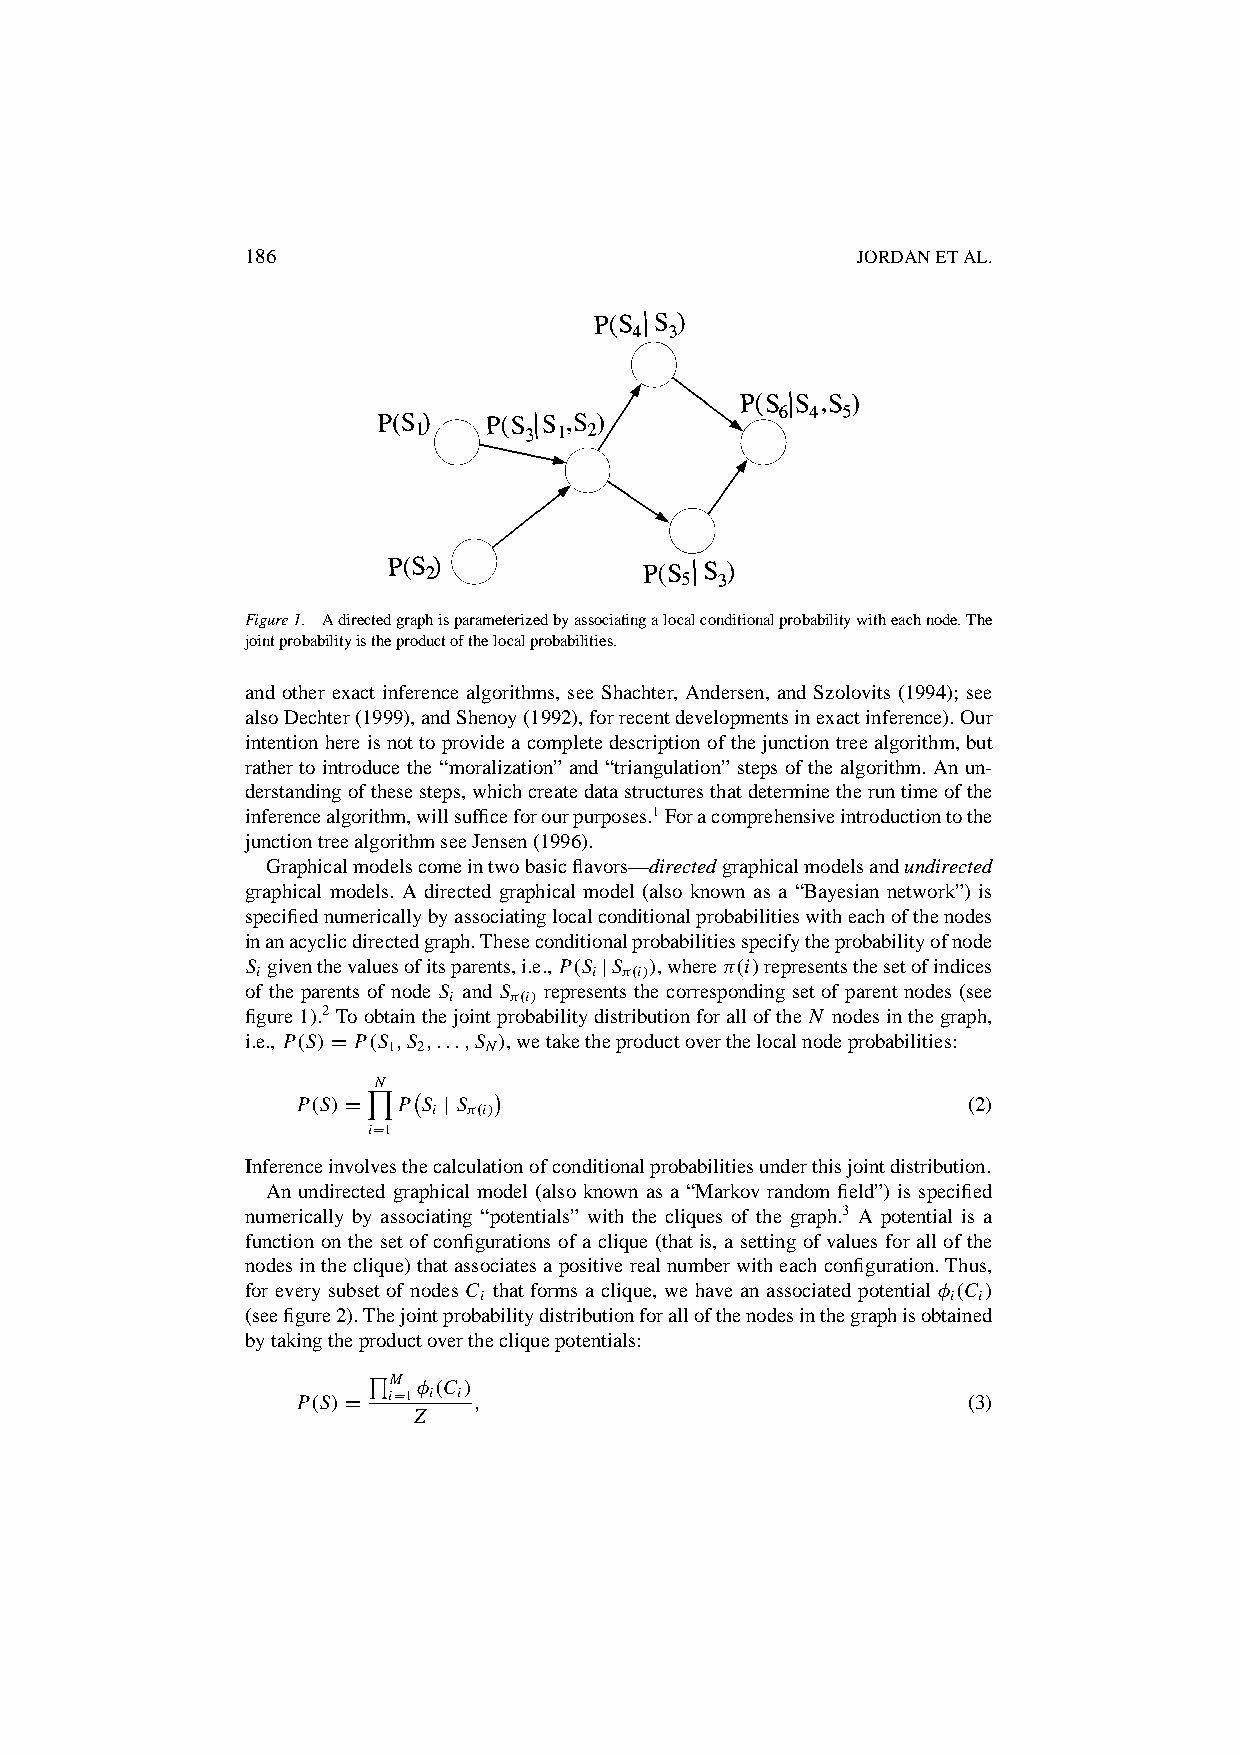
186                                      JORDANETAL.
 Figure1. Adirectedgraphisparameterizedbyassociatingalocalconditionalprobabilitywitheachnode.The
 jointprobabilityistheproductofthelocalprobabilities.
 and other exact inference algorithms, see Shachter, Andersen, and Szolovits (1994); see
 alsoDechter(1999),andShenoy(1992),forrecentdevelopmentsinexactinference).Our
 intentionhereisnottoprovideacompletedescriptionofthejunctiontreealgorithm,but
 rather to introduce the “moralization” and “triangulation” steps of the algorithm. An un-
 derstandingofthesesteps,whichcreatedatastructuresthatdeterminetheruntimeofthe
 inferencealgorithm,willsufficeforourpurposes.1Foracomprehensiveintroductiontothe
 junctiontreealgorithmseeJensen(1996).
 Graphicalmodelscomeintwobasicflavors—directedgraphicalmodelsandundirected
 graphical models. A directed graphical model (also known as a “Bayesian network”) is
 specifiednumericallybyassociatinglocalconditionalprobabilitieswitheachofthenodes
 inanacyclicdirectedgraph.Theseconditionalprobabilitiesspecifytheprobabilityofnode
 S
 i
 giventhevaluesofitsparents,i.e., P.S ijS….i//,where….i/representsthesetofindices
 of the parents of node S
 i
 and S….i/ represents the corresponding set of parent nodes (see
 figure1).2 Toobtainthejointprobabilitydistributionforallofthe N nodesinthegraph,
 i.e., P.S/D P.S ;S ;:::;S /,wetaketheproductoverthelocalnodeprobabilities:
 1 2   N
 YN ¡     ¢
 P.S/D P S
 i
 j S….i/                            (2)
 iD1
 Inferenceinvolvesthecalculationofconditionalprobabilitiesunderthisjointdistribution.
 An undirected graphical model (also known as a “Markov random field”) is specified
 numerically by associating “potentials” with the cliques of the graph.3 A potential is a
 function on the set of configurations of a clique (that is, a setting of values for all of the
 nodesintheclique)thatassociatesapositiverealnumberwitheachconfiguration.Thus,
 for every subset of nodes C that forms a clique, we have an associated potential ` .C /
 i                              i i
 (seefigure2).Thejointprobabilitydistributionforallofthenodesinthegraphisobtained
 bytakingtheproductoverthecliquepotentials:
 Q
 M ` .C /
 P.S/D iD1 i i ;                             (3)
 Z